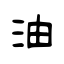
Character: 油